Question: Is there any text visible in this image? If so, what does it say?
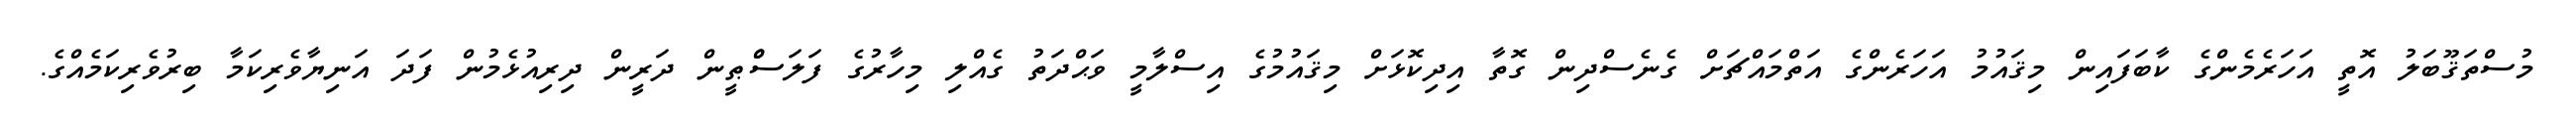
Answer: މުސްތަޤޫބަލު އޮތީ އަހަރެމެންގެ ކާބަފައިން މިޤައުމު އަހަރެންގެ އަތްމައްޗަށް ގެނެސްދިން ގޮތާ އިދިކޮޅަށް މިޤައުމުގެ އިސްލާމީ ވަޙްދަތު ގެއްލި މިހާރުގެ ފަލަސްްޠީން ދަރީން ދިރިއުޅެމުން ފަދަ އަނިޔާވެރިކަމާ ބިރުވެރިކަމެއްގެ.